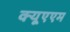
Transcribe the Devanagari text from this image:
क्यूएएम